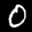
Label: 0